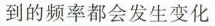
到的频率都会发生变化